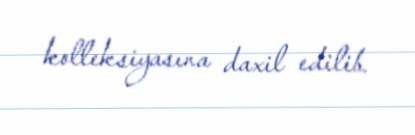
kolleksiyasına daxil edilib.